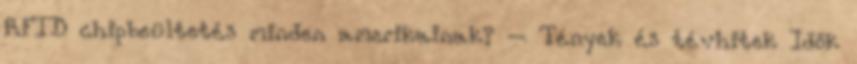
RFID chipbeültetés minden amerikainak? – Tények és tévhitek Idők